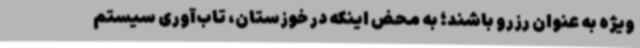
ویژه به عنوان رزرو باشند؛ به محض اینکه در خوزستان، تاب‌آوری سیستم